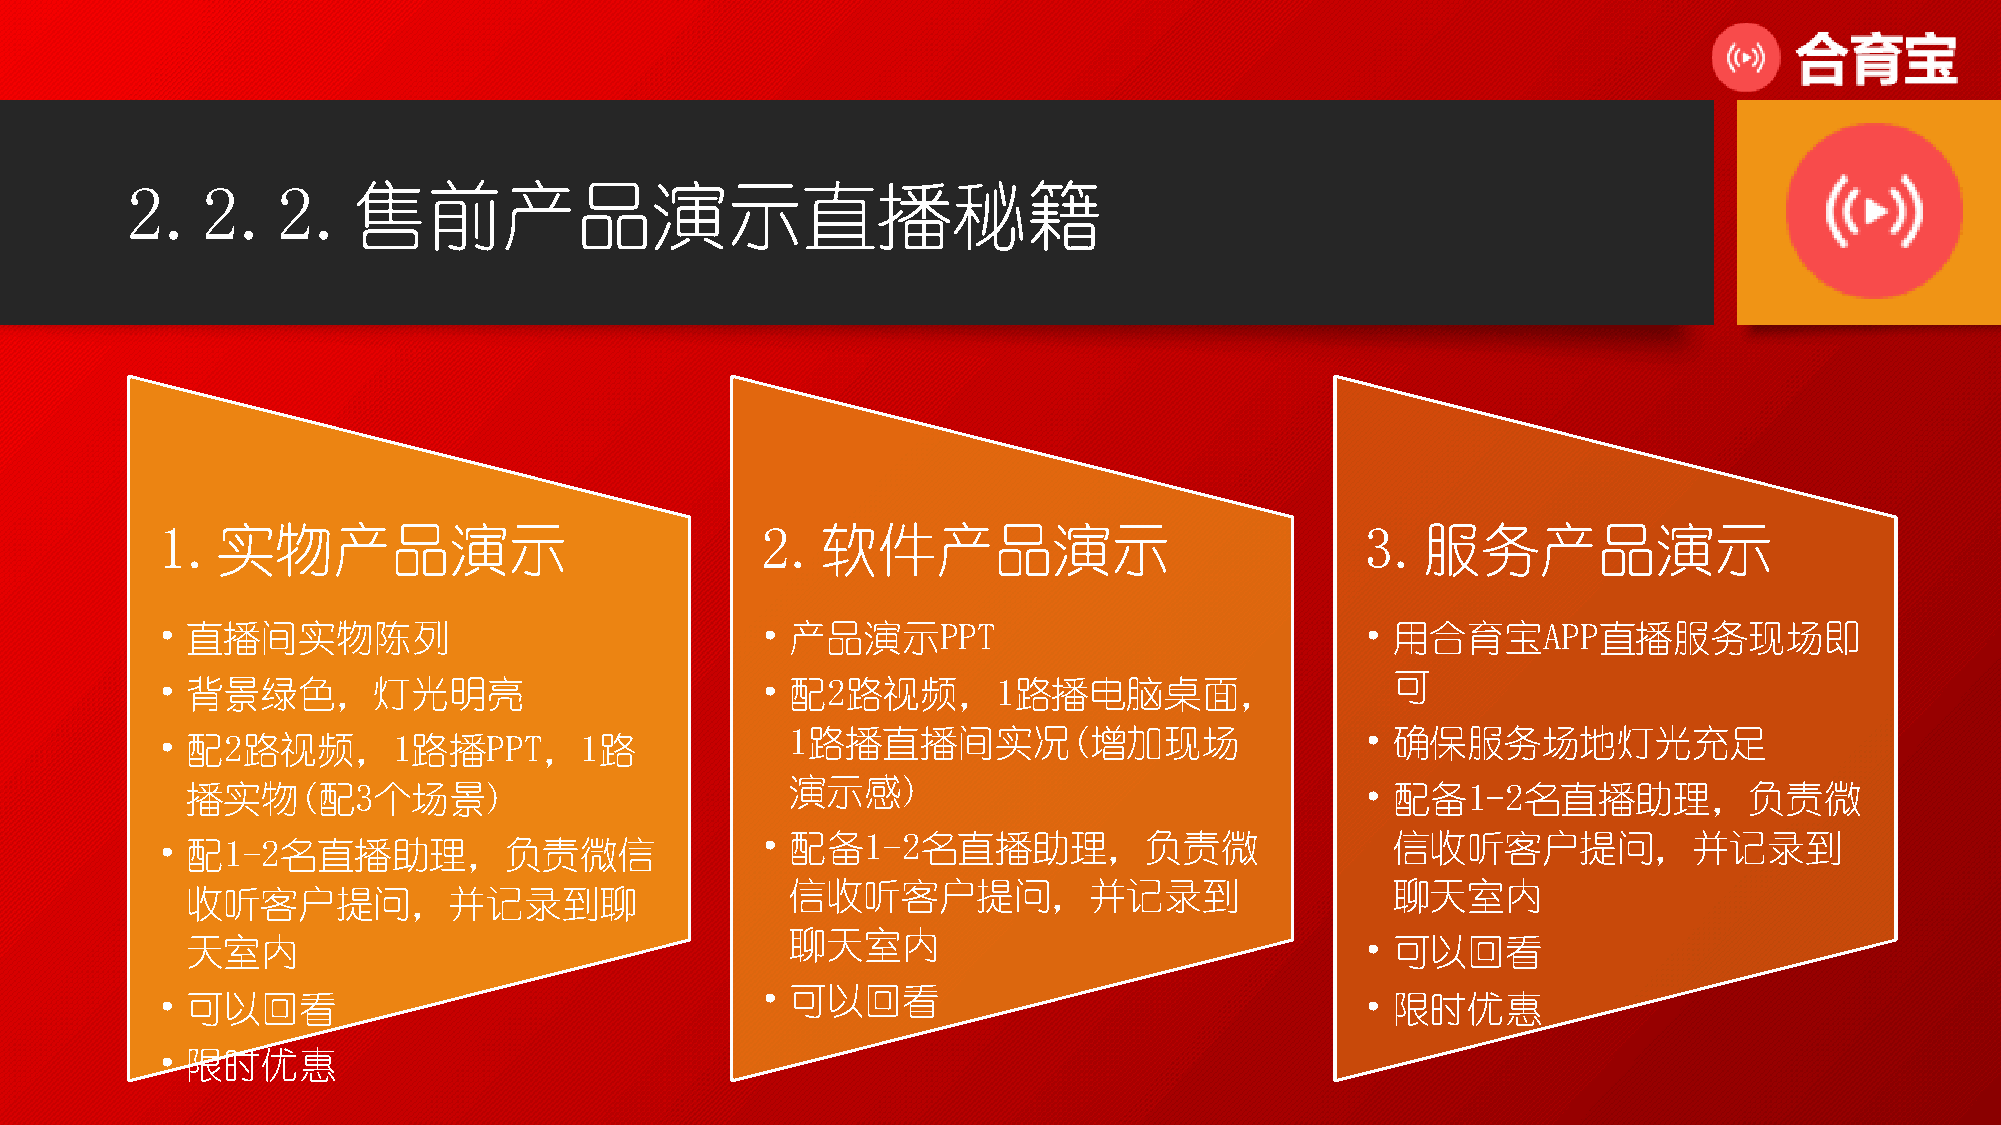
2.2.2.售前产品演示直播秘籍
 1.实物产品演示                                2.软件产品演示                                3.服务产品演示
 • 直播间实物陈列                               • 产品演示PPT                               • 用合育宝APP直播服务现场即
 可
 • 背景绿色，灯光明亮                             • 配2路视频，1路播电脑桌面，
 1路播直播间实况(增加现场                         • 确保服务场地灯光充足
 • 配2路视频，1路播PPT，1路
 演示感)
 播实物(配3个场景)                                                                    • 配备1-2名直播助理，负责微
 • 配备1-2名直播助理，负责微                          信收听客户提问，并记录到
 • 配1-2名直播助理，负责微信
 信收听客户提问，并记录到                            聊天室内
 收听客户提问，并记录到聊
 聊天室内
 天室内                                                                           • 可以回看
 • 可以回看
 • 可以回看                                                                          • 限时优惠
 • 限时优惠